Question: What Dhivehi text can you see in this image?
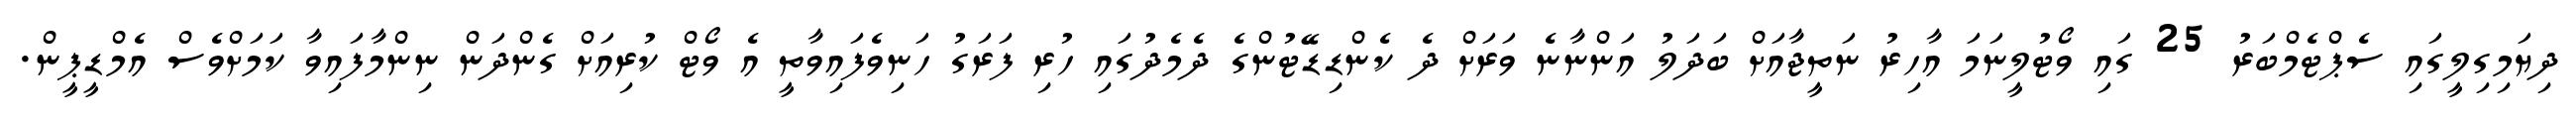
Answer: ދިޔަމިގިލީގައި ސެޕްޓެމްބަރު 25 ގައި ވޯޓުލީނަމަ އާހިރު ނަތީޖާއަށް ބަދަލު އަންނާނެ ވަރަށް ދެ ކެންޑިޑޭޓުންގެ ދެމެދުގައި ހުރި ފަރަގު ހަނިވެފައިވާތީ އެ ވޯޓް ކުރިއަށް ގެންދަން ނިންމާފައިވާ ކަމަށްވެސް އެމްޑީޕީން.